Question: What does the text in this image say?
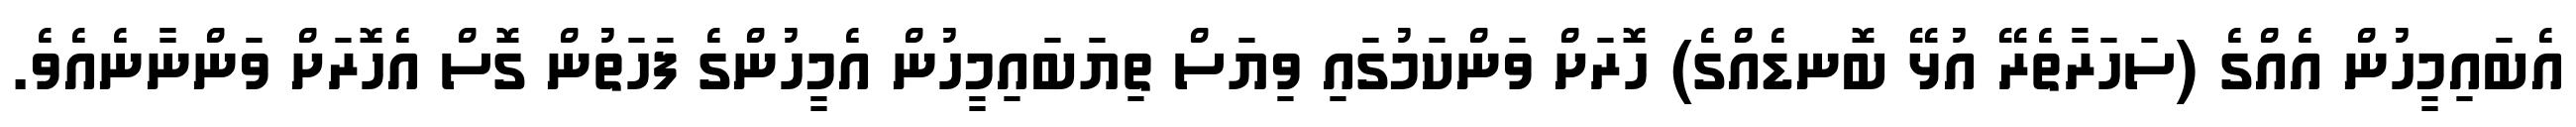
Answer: އެބައިމީހުން އެއްގެ (ސަހަރާތެރޭ އުޅޭ ބޮނޑެއްގެ) ހޮރަށް ވަންކަމުގައި ވިޔަސް ތިޔަބައިމީހުން އެމީހުންގެ ފަހަތުން ގޮސް އެހޮރަށް ވަންނާނެއެވެ.